65_HS1-834228961_62-HQ-83894_Section_8
Agency: FBI
Page 25
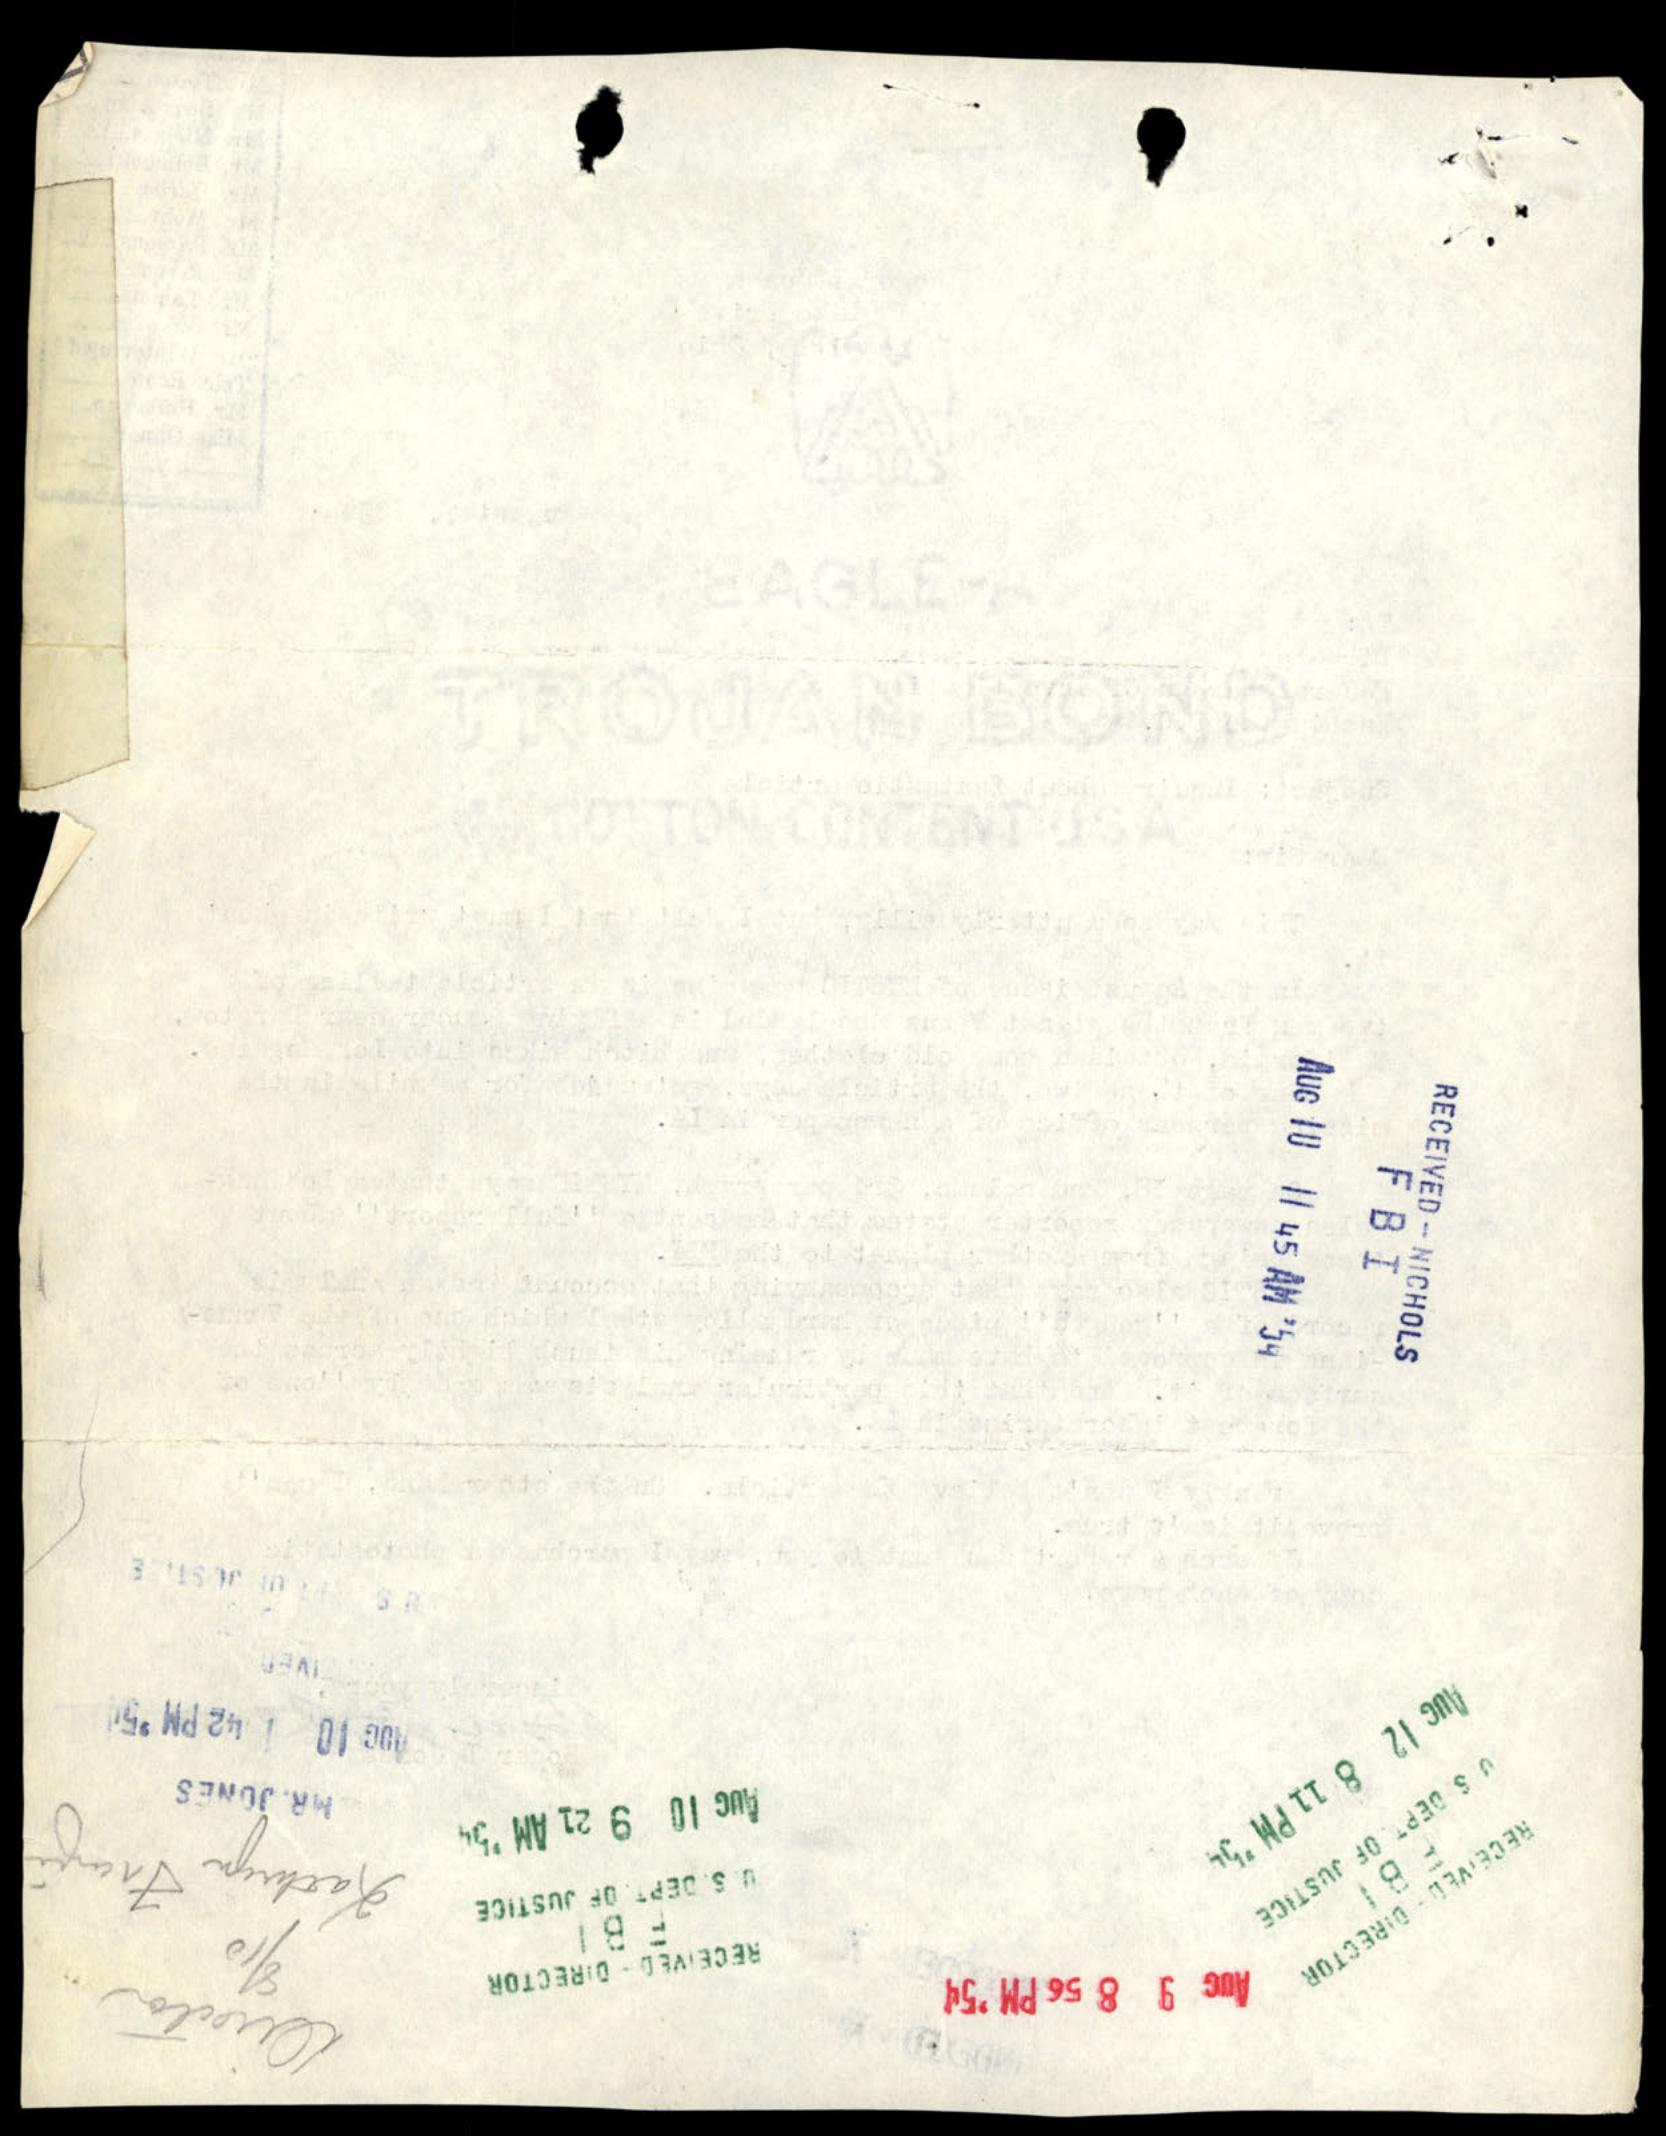